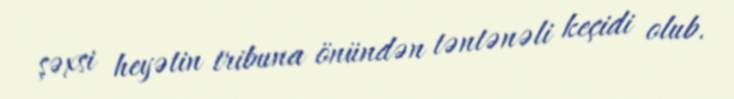
şəxsi heyətin tribuna önündən təntənəli keçidi olub.